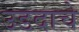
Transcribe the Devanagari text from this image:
उडदाचे